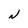
Character: N